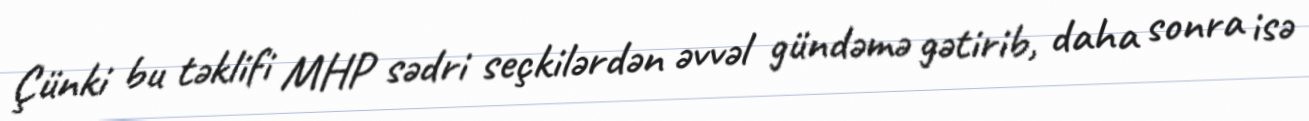
Çünki bu təklifi MHP sədri seçkilərdən əvvəl gündəmə gətirib, daha sonra isə